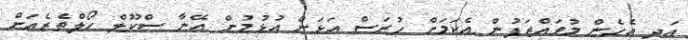
އަދި އެހެން މުވައްޒަފުން އެކަމަށް ހުރަސް އަޅަން އުޅުމުން އޭނާ ސްކޫލް ހޯލްތެރެއަށް